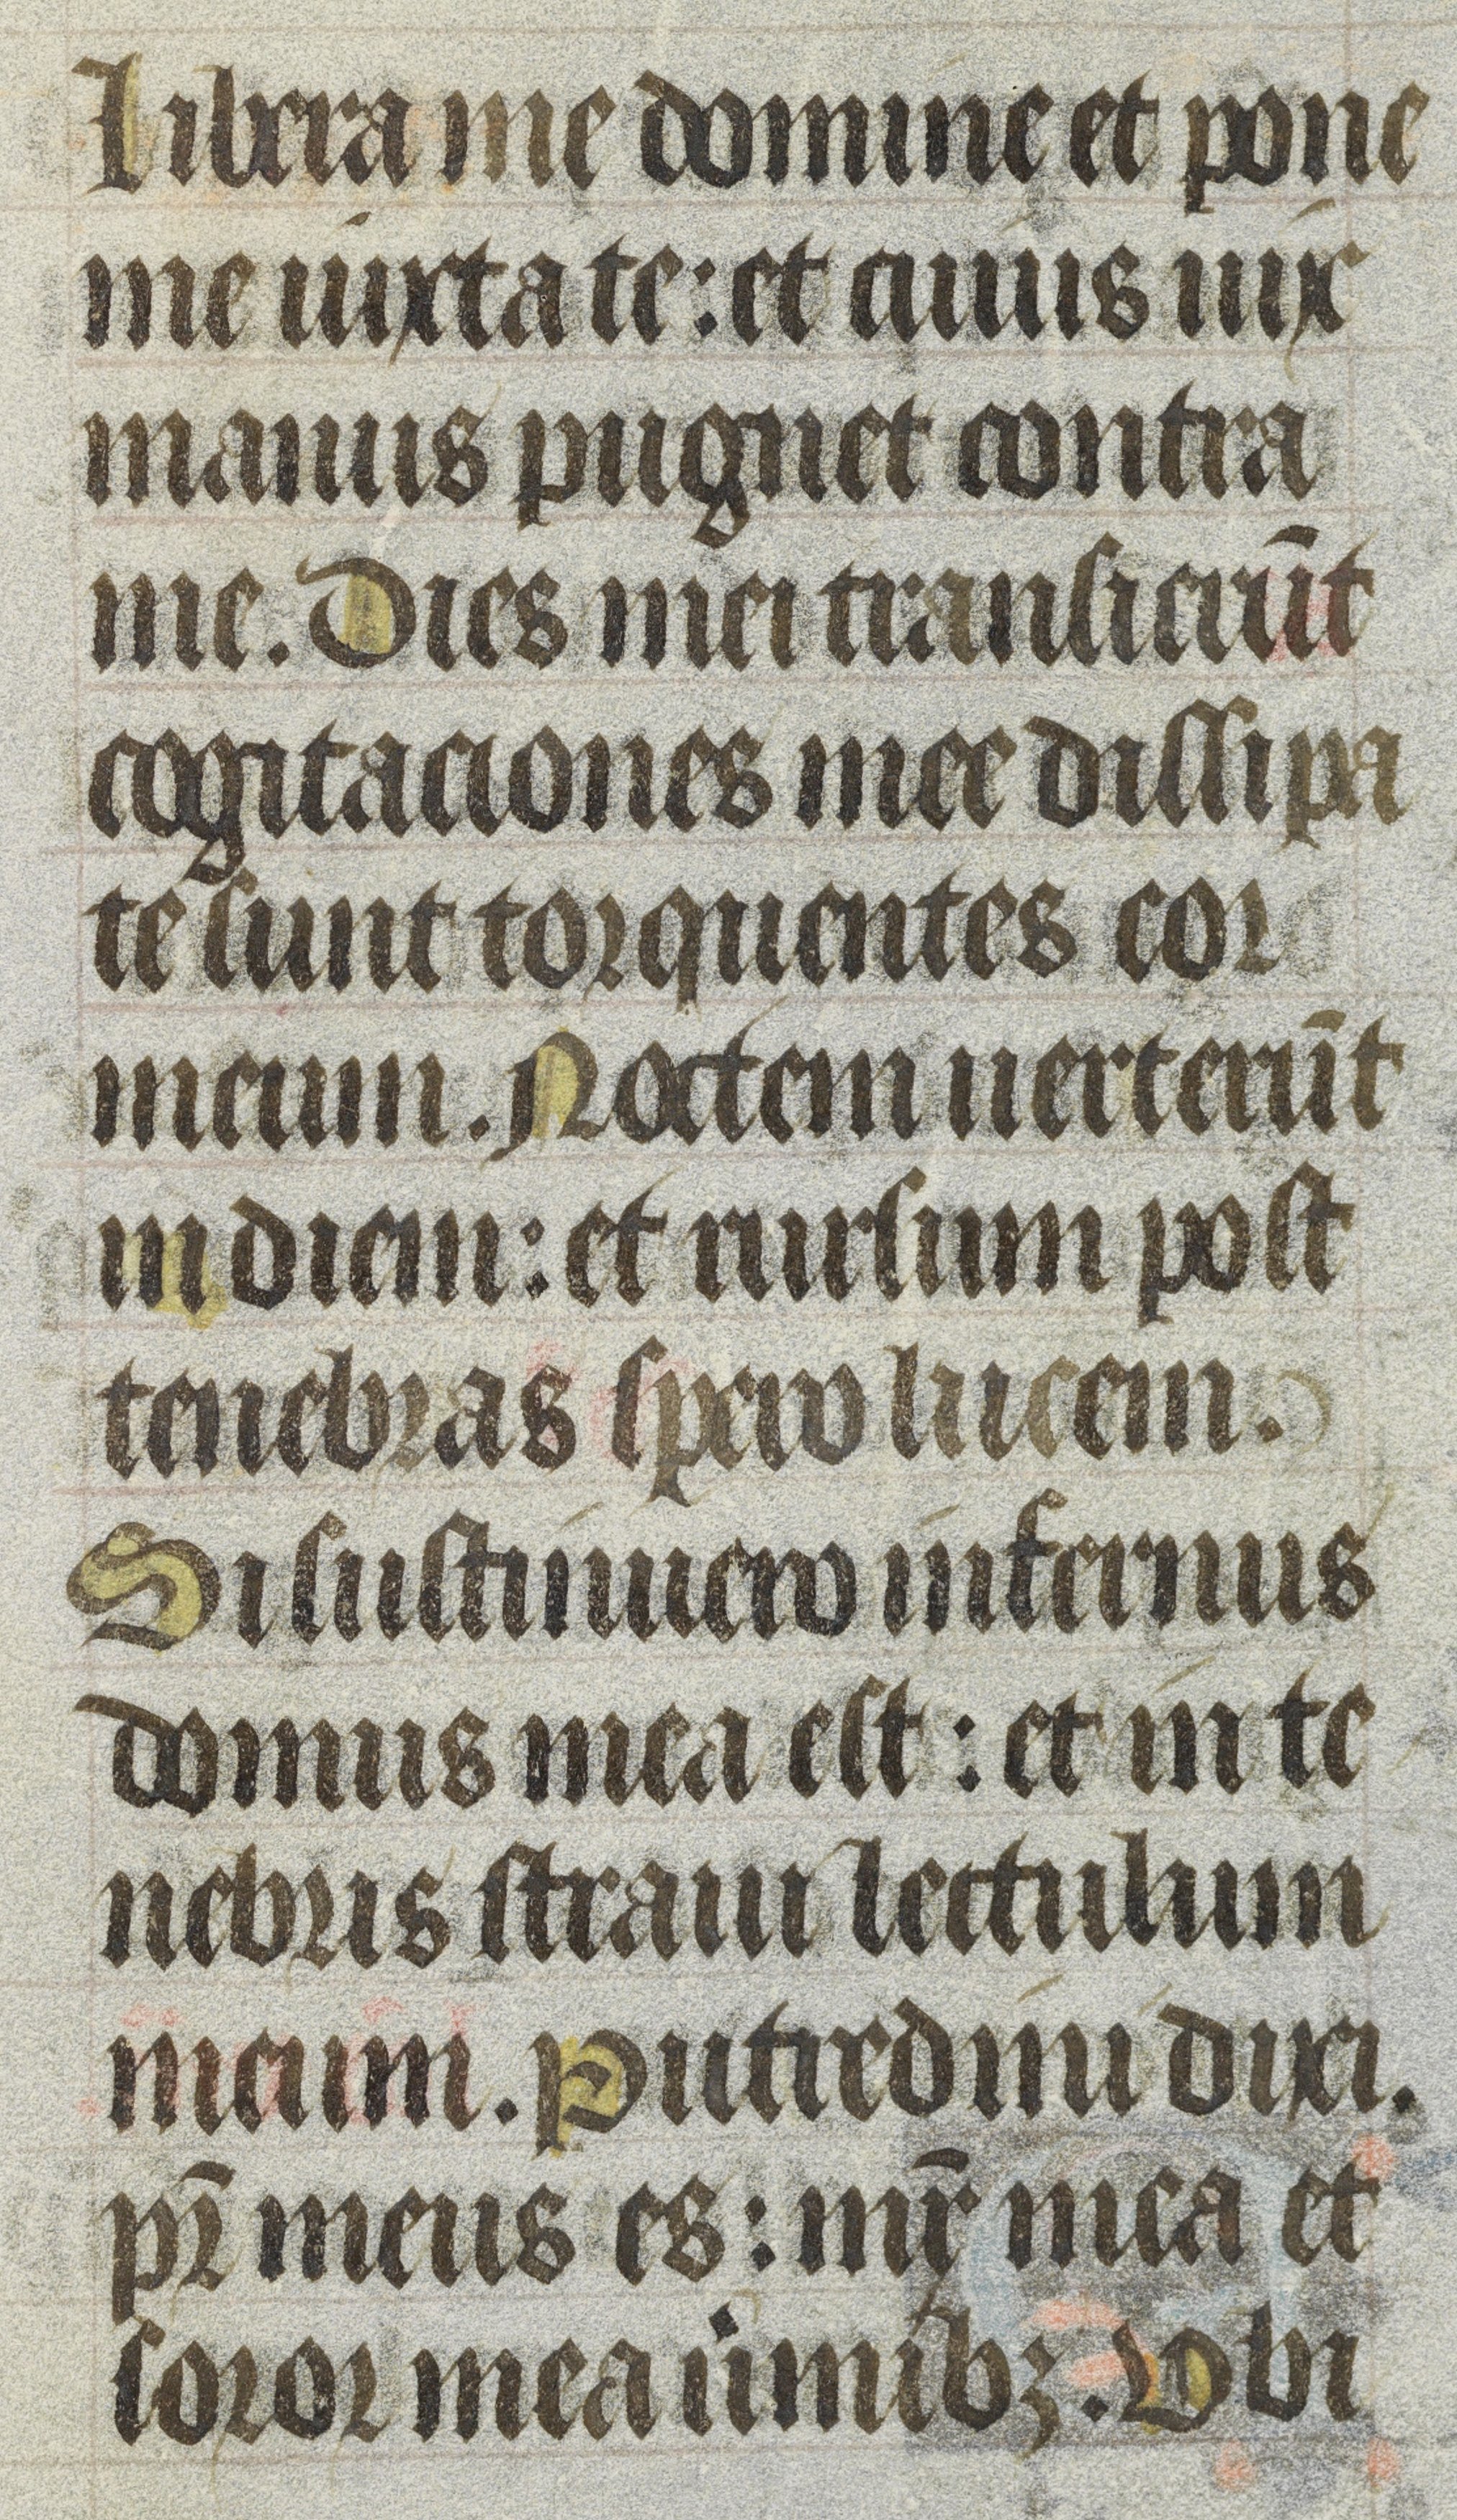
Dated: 1400–1430